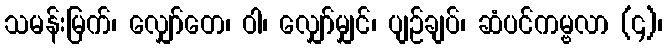
သမန်းမြက်၊ လျှော်တေ၊ ဝါ၊ လျှော်မျှင်၊ ပျဉ်ချပ်၊ ဆံပင်ကမ္ဗလာ (၄)၊